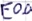
Text: E0.0